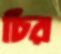
চির